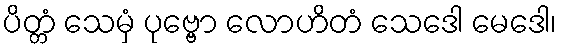
ပိတ္တံ သေမှံ ပုဗ္ဗော လောဟိတံ သေဒေါ မေဒေါ၊